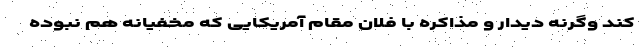
کند وگرنه دیدار و مذاکره با فلان مقام آمریکایی که مخفیانه هم نبوده